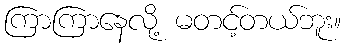
ကြာကြာနေလို့ မတင့်တယ်ဘူး။